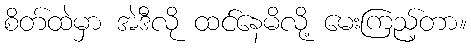
စိတ်ထဲမှာ အဲဒီလို ထင်နေမိလို့ မေးကြည့်တာ။